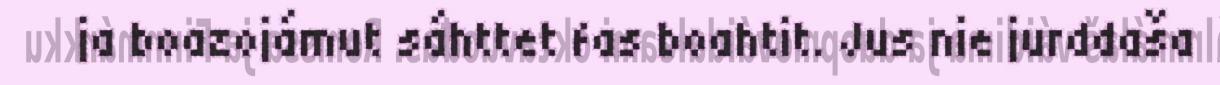
ja boazojámut sáhttet fas boahtit. Jus nie jurddaša